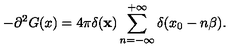
- \partial ^ { 2 } G ( x ) = 4 \pi \delta ( { \bf x } ) \sum _ { n = - \infty } ^ { + \infty } \delta ( x _ { 0 } - n \beta ) .